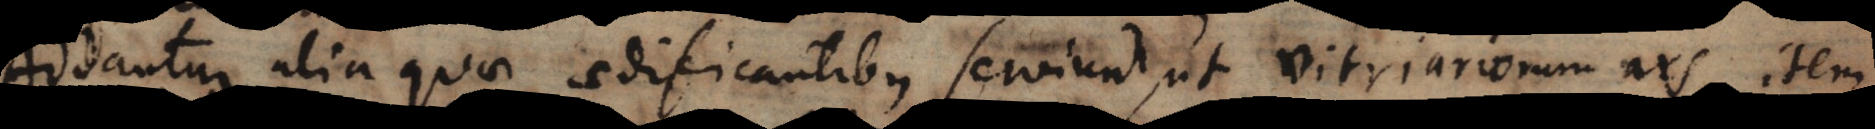
Addantur alia quae aedificantibus serviunt, ut vitriariorum ars, item